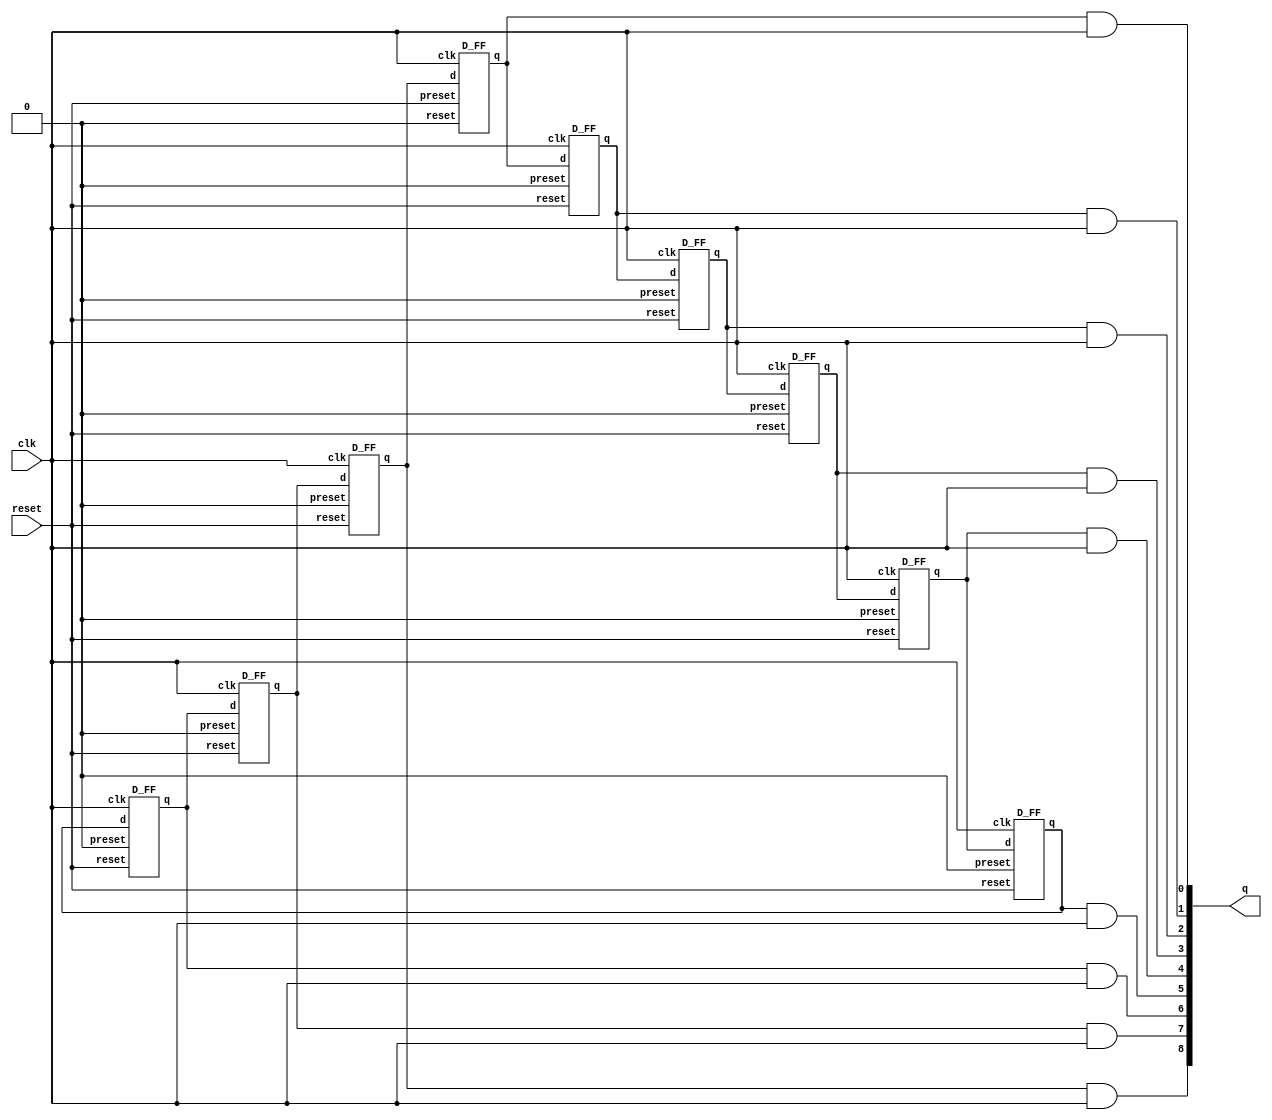
module ninthCounter(q, clk, reset);
    input clk, reset;
    output [8:0]q;
    wire [8:0]p;

    D_FF dff1(p[0], p[8], clk, reset , 1'b0);
    D_FF dff2(p[1], p[0], clk, 1'b0 , reset);
    D_FF dff3(p[2], p[1], clk, 1'b0 , reset);
    D_FF dff4(p[3], p[2], clk, 1'b0 , reset);
    D_FF dff5(p[4], p[3], clk, 1'b0 , reset);
    D_FF dff6(p[5], p[4], clk, 1'b0 , reset);
    D_FF dff7(p[6], p[5], clk, 1'b0 , reset);
    D_FF dff8(p[7], p[6], clk, 1'b0 , reset);
    D_FF dff9(p[8], p[7], clk, 1'b0 , reset);

    and and1(q[0], p[0] ,clk);
    and and2(q[1], p[1] ,clk);
    and and3(q[2], p[2] ,clk);
    and and4(q[3], p[3] ,clk);
    and and5(q[4], p[4] ,clk);
    and and6(q[5], p[5] ,clk);
    and and7(q[6], p[6] ,clk);
    and and8(q[7], p[7] ,clk);
    and and9(q[8], p[8] ,clk);
endmodule

module D_FF (q, d, clk, preset, reset);
	input d, clk, preset, reset;
	output q;
	reg q;

	always @(posedge reset or posedge preset or posedge clk)
        if(reset)
            q <= 1'b0;
        else if(preset)
            q <= 1'b1;
        else
            q <= d;
endmodule